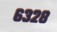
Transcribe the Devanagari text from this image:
६३२८